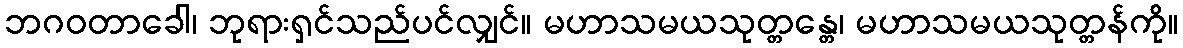
ဘဂဝတာခေါ၊ ဘုရားရှင်သည်ပင်လျှင်။ မဟာသမယသုတ္တန္တေ၊ မဟာသမယသုတ္တန်ကို။